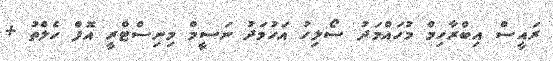
ރައީސް އިބްރާހިމް މުހައްމަދު ސޯލިހު އަހުމަދު ނަސީމް މިނިސްޓްރީ އޮފް ހެލްތު +